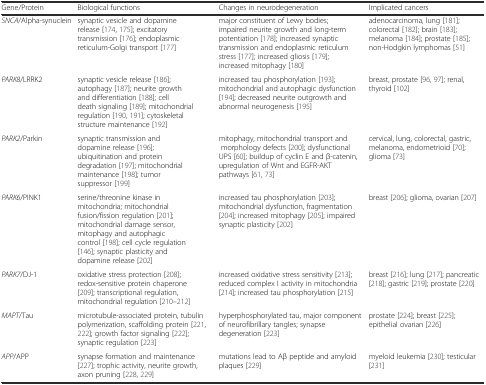
<table><thead><tr><td><b>Gene/Protein</b></td><td><b>Biological functions</b></td><td><b>Changes in neurodegeneration</b></td><td><b>Implicated cancers</b></td></tr></thead><tbody><tr><td><i>SNCA</i>/Alpha-synuclein</td><td>synaptic vesicle and dopamine release [174, 175]; excitatory transmission [176]; endoplasmic reticulum-Golgi transport [177]</td><td>major constituent of Lewy bodies; impaired neurite growth and long-term potentiation [178]; increased synaptic transmission and endoplasmic reticulum stress [177]; increased gliosis [179]; increased mitophagy [180]</td><td>adenocarcinoma, lung [181]; colorectal [182]; brain [183]; melanoma [184]; prostate [185]; non-Hodgkin lymphomas [51]</td></tr><tr><td><i>PARK8</i>/LRRK2</td><td>synaptic vesicle release [186]; autophagy [187]; neurite growth and differentiation [188]; cell death signaling [189]; mitochondrial regulation [190, 191]; cytoskeletal structure maintenance [192]</td><td>increased tau phosphorylation [193]; mitochondrial and autophagic dysfunction [194]; decreased neurite outgrowth and abnormal neurogenesis [195]</td><td>breast, prostate [96, 97]; renal, thyroid [102]</td></tr><tr><td><i>PARK2</i>/Parkin</td><td>synaptic transmission and dopamine release [196]; ubiquitination and protein degradation [197]; mitochondrial maintenance [198]; tumor suppressor [199]</td><td>mitophagy, mitochondrial transport and morphology defects [200]; dysfunctional UPS [60]; buildup of cyclin E and β-catenin, upregulation of Wnt and EGFR-AKT pathways [61, 73]</td><td>cervical, lung, colorectal, gastric, melanoma, endometrioid [70]; glioma [73]</td></tr><tr><td><i>PARK6</i>/PINK1</td><td>serine/threonine kinase in mitochondria; mitochondrial fusion/fission regulation [201]; mitochondrial damage sensor, mitophagy and autophagic control [198]; cell cycle regulation [146]; synaptic plasticity and dopamine release [202]</td><td>increased tau phosphorylation [203]; mitochondrial dysfunction, fragmentation [204]; increased mitophagy [205]; impaired synaptic plasticity [202]</td><td>breast [206]; glioma, ovarian [207]</td></tr><tr><td><i>PARK7</i>/DJ-1</td><td>oxidative stress protection [208]; redox-sensitive protein chaperone [209]; transcriptional regulation, mitochondrial regulation [210–212]</td><td>increased oxidative stress sensitivity [213]; reduced complex I activity in mitochondria [214]; increased tau phosphorylation [215]</td><td>breast [216]; lung [217]; pancreatic [218]; gastric [219]; prostate [220]</td></tr><tr><td><i>MAPT</i>/Tau</td><td>microtubule-associated protein, tubulin polymerization, scaffolding protein [221, 222]; growth factor signaling [222]; synaptic regulation [223]</td><td>hyperphosphorylated tau, major component of neurofibrillary tangles; synapse degeneration [223]</td><td>prostate [224]; breast [225]; epithelial ovarian [226]</td></tr><tr><td><i>APP</i>/APP</td><td>synapse formation and maintenance [227]; trophic activity, neurite growth, axon pruning [228, 229]</td><td>mutations lead to Aβ peptide and amyloid plaques [229]</td><td>myeloid leukemia [230]; testicular [231]</td></tr></tbody></table>